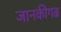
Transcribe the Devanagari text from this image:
जानकीगढ